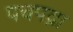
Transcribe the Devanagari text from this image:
पचपद्रा